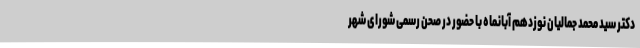
دکتر سید محمد جمالیان نوزدهم آبانماه با حضور در صحن رسمی شورای شهر